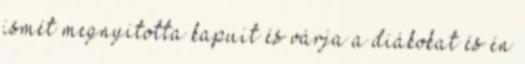
ismét megnyitotta kapuit és várja a diákokat és én